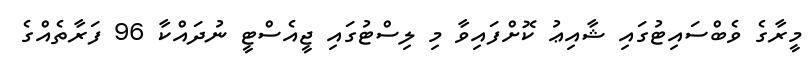
މީރާގެ ވެބްސައިޓުގައި ޝާއިޢު ކޮށްފައިވާ މި ލިސްޓުގައި ޖީއެސްޓީ ނުދައްކާ 96 ފަރާތެއްގެ